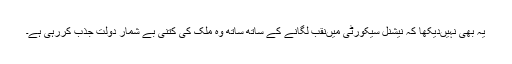
یہ بھی نہیںدیکھا کہ نیشنل سیکورٹی میںنقب لگانے کے ساتھ ساتھ وہ ملک کی کتنی بے شمار دولت جذب کررہی ہے۔